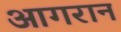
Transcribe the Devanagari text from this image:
आगरान